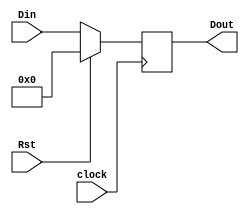
module lhn_mpl_reg (Din,Rst,clock, Dout);
	input [3:0] Din;
	input Rst, clock;
	output reg [3:0] Dout;
	always @(posedge clock)
		if (Rst==1) 
			begin 
				Dout = 4'b0000;
			end
		else Dout=Din;
		
		
		
	endmodule